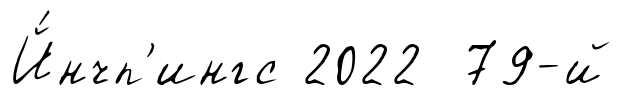
Й́нчп'ингс 2022 79-й